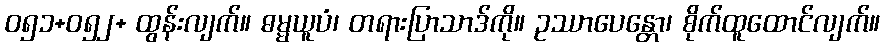
ဝ၅၁+ဝ၅၂+ ထွန်းလျက်။ ဓမ္မယူပံ၊ တရားပြာသာဒ်ကို။ ဥဿာပေန္တော၊ စိုက်ထူထောင်လျက်။